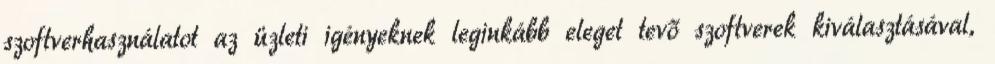
szoftverhasználatot az üzleti igényeknek leginkább eleget tevő szoftverek kiválasztásával,